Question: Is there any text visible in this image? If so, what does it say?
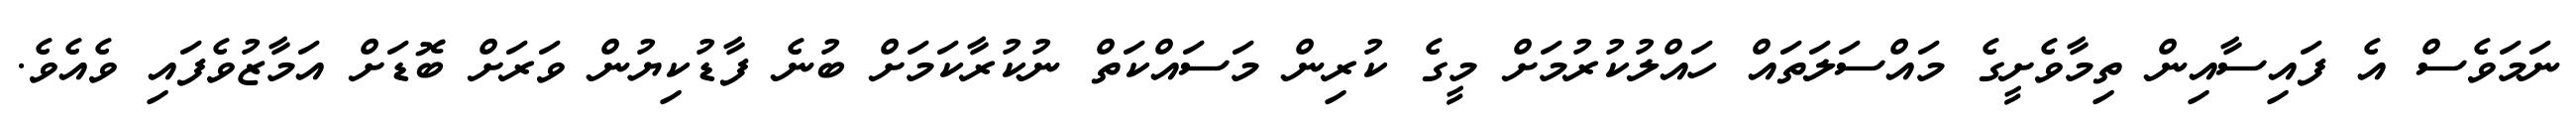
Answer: ނަމަވެސް އެ ފައިސާއިން ތިމާވެށީގެ މައްސަލަތައް ހައްލުކުރުމަށް މީގެ ކުރިން މަސައްކަތް ނުކުރާކަމަށް ބުނެ ފާޑުކިޔުން ވަރަށް ބޮޑަށް އަމާޒުވެފައި ވެއެވެ.